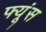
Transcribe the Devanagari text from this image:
फ्यूंस